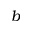
b